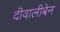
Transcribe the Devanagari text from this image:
दीवालीबेन